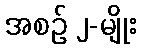
အစဉ် ၂-မျိုး